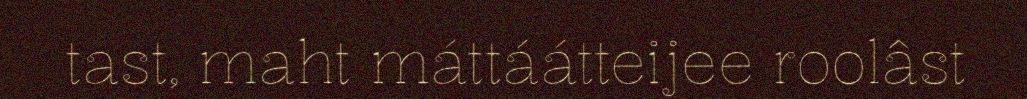
tast, maht máttáátteijee roolâst